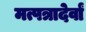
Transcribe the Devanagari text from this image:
मत्पत्रादेर्वां